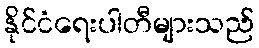
နိုင်ငံရေးပါတီများသည်